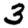
Digit: 3